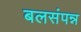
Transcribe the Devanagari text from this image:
बलसंपन्न